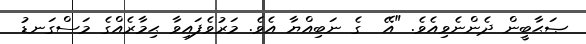
ޞަޙާބީން ދެންނެވިއެވެ. "އޭ  ގެ ނަބިއްޔާ އެވެ. މަރުވެފައިވާ ޙިމާރެއްގެ މަސްގަނޑު